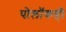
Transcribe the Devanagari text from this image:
पोलॉकही